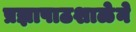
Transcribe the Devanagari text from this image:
प्रज्ञापाठशाळेने